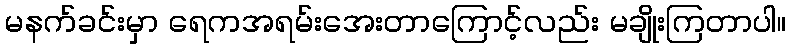
မနက်ခင်းမှာ ရေကအရမ်းအေးတာကြောင့်လည်း မချိုးကြတာပါ။